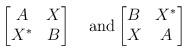
LaTeX: \begin{align*}\begin{bmatrix} A &X \\X^* &B\end{bmatrix} \quad{\mathrm{and}} \begin{bmatrix} B &X^* \\X &A\end{bmatrix} \end{align*}